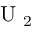
\mathrm { ~ U ~ } _ { 2 }